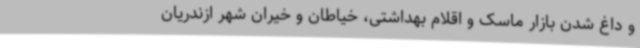
و داغ شدن بازار ماسک و اقلام بهداشتی، خیاطان و خیران شهر ازندریان